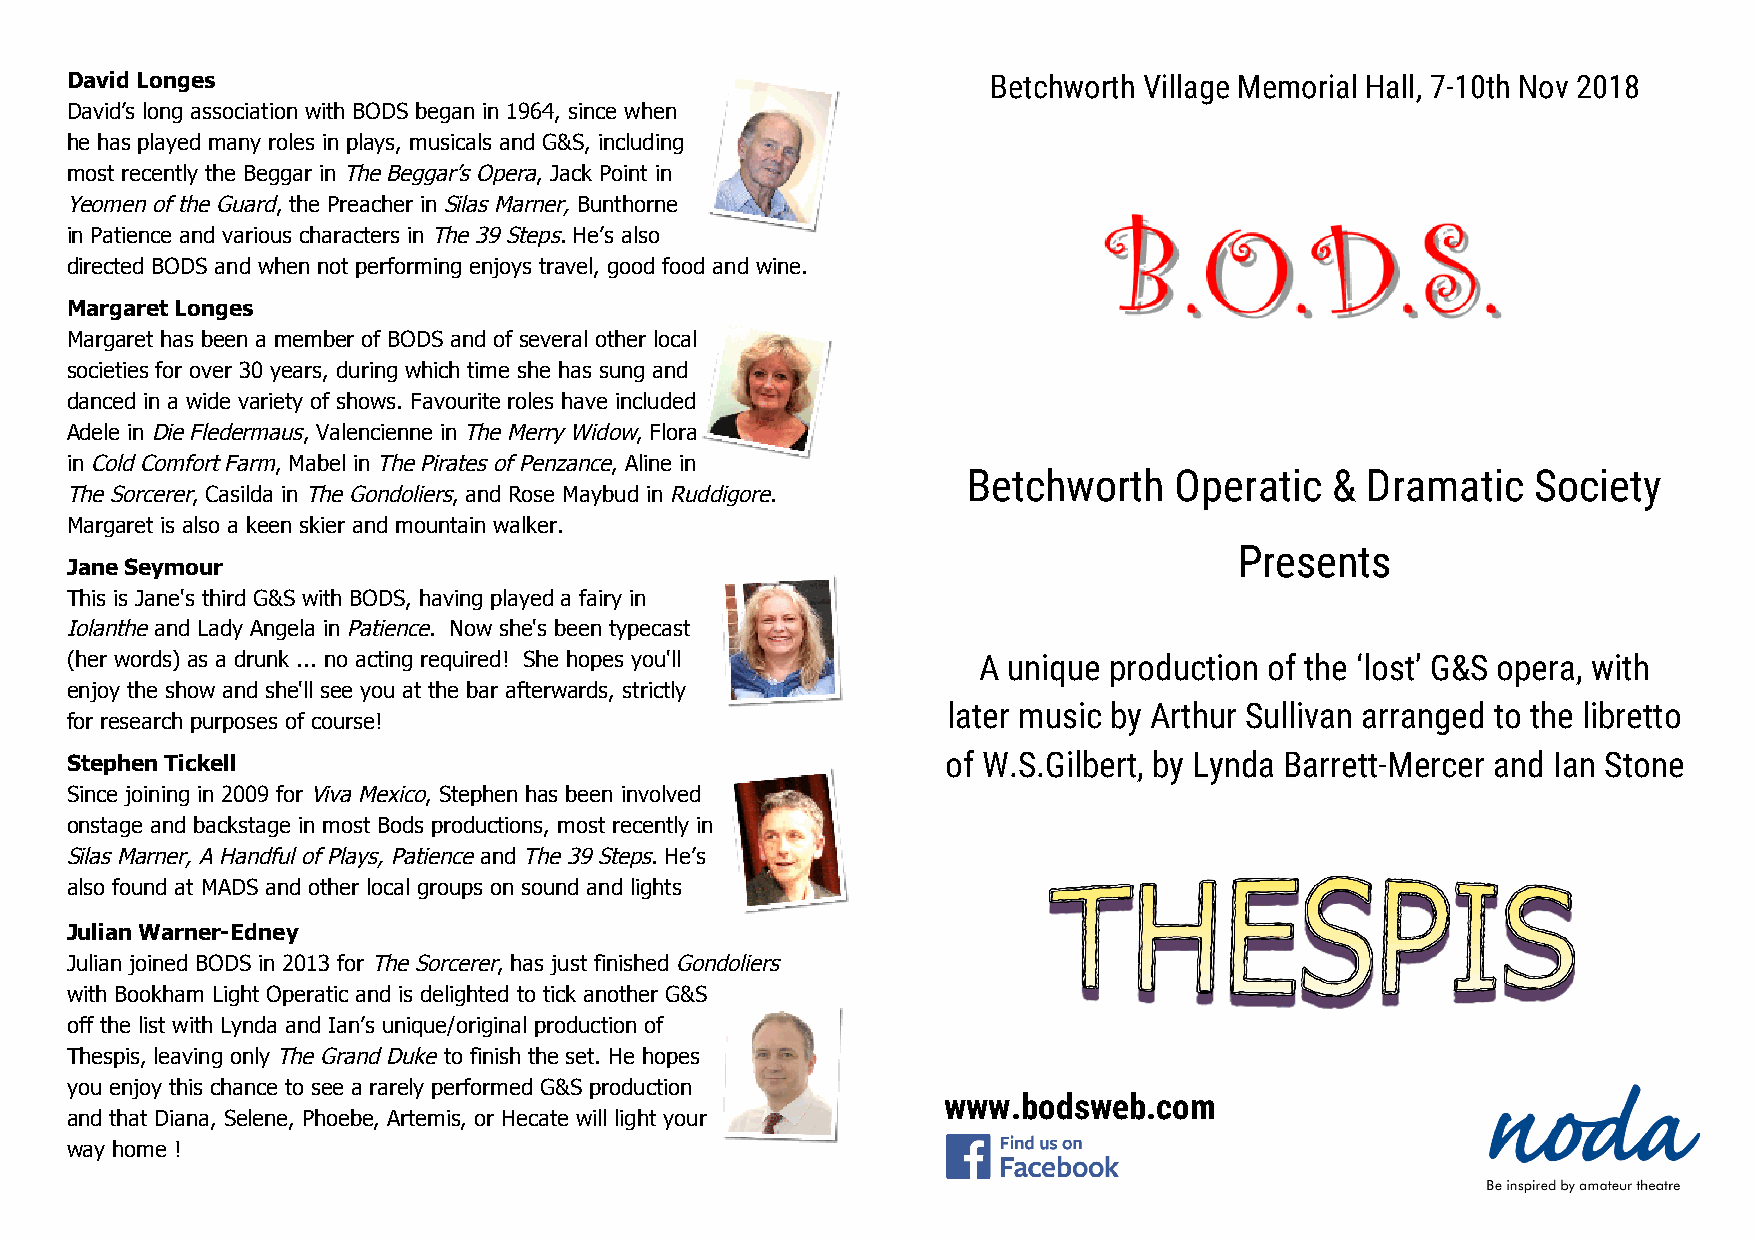
David Longes                                                  Betchworth Village Memorial Hall, 7-10th Nov 2018
 David’s long association with BODS began in 1964, since when
 he has played many roles in plays, musicals and G&S, including
 most recently the Beggar in T​ he Beggar’s Opera​, Jack Point in
 Yeomen of the Guard​, the Preacher in S​ ilas Marner, ​Bunthorne
 in Patience and various characters in T​ he 39 Steps​. He’s also
 directed BODS and when not performing enjoys travel, good food and wine.
 Margaret Longes
 Margaret has been a member of BODS and of several other local
 societies for over 30 years, during which time she has sung and
 danced in a wide variety of shows. Favourite roles have included
 Adele in D​ ie Fledermaus​, Valencienne in T​ he Merry Widow​, Flora
 in C​ old Comfort Farm​, Mabel in T​ he Pirates of Penzance​, Aline in
 Betchworth    Operatic  & Dramatic    Society
 The Sorcerer​, Casilda in T​ he Gondoliers​, and Rose Maybud in R​ uddigore​.
 Margaret is also a keen skier and mountain walker.
 Presents
 Jane Seymour
 This is Jane's third G&S with BODS, having played a fairy in
 Iolanthe​ and Lady Angela in P​ atience​. Now she's been typecast
 (her words) as a drunk ... no acting required! She hopes you'll A unique production of the ‘lost’ G&S opera, with
 enjoy the show and she'll see you at the bar afterwards, strictly
 later music by Arthur Sullivan arranged to the libretto
 for research purposes of course!
 Stephen Tickell                                            of W.S.Gilbert, by Lynda Barrett-Mercer and Ian Stone
 Since joining in 2009 for V​ iva Mexico​, Stephen has been involved
 onstage and backstage in most Bods productions, most recently in
 Silas Marner, A Handful of Plays, Patience ​and ​The 39 Steps​. He’s
 also found at MADS and other local groups on sound and lights
 Julian Warner-Edney
 Julian joined BODS in 2013 for T​ he Sorcerer​, has just finished G​ ondoliers
 with Bookham Light Operatic and is delighted to tick another G&S
 off the list with Lynda and Ian’s unique/original production of
 Thespis, leaving only T​ he Grand Duke​ to finish the set. He hopes
 you enjoy this chance to see a rarely performed G&S production
 www.bodsweb.com
 and that Diana, Selene, Phoebe, Artemis, or Hecate will light your
 way home !